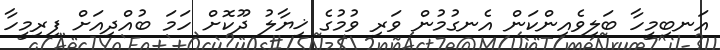
އަނބިމީހާ ބަލިވެއިންކަން އެނގުމުން ވަރި ވުމުގެ ޚިޔާލު ދޫކޮށް ހަމަ ބުއްދިއަށް ފިރިމީހާ